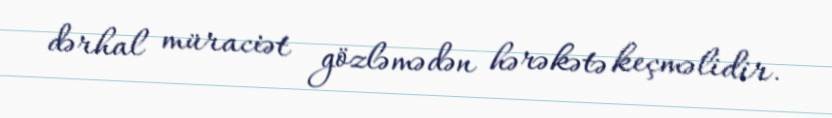
dərhal müraciət gözləmədən hərəkətə keçməlidir.